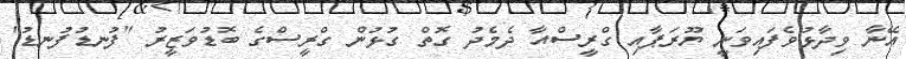
އޭނާ ވިދާޅުވެފައިވަނީ ޔޫރަޕާއި ގްރީސްއާ ދެމެދު ގޮތް ގުޅުން ގްރީސްގެ ބޮޑުވަޒީރު "ފުނޑުފުނޑު"